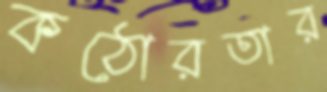
কঠোরতার